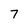
Character: 7